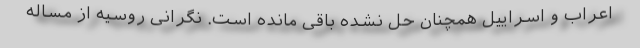
اعراب و اسراییل همچنان حل نشده باقی مانده است. نگرانی روسیه از مساله